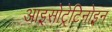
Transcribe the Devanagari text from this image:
आइसोट्रेटिनोइन